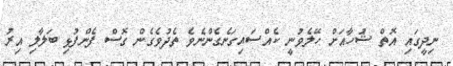
ނިދީގައި އޮތް ޝުހާއަށް ހޭލެވުނީ ކެއްސައިގަނެގެންނެވެ ތެދުވެގެން ގޮސް ފެންފުޅި ބަލާލި އިރު